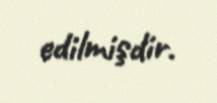
edilmişdir.